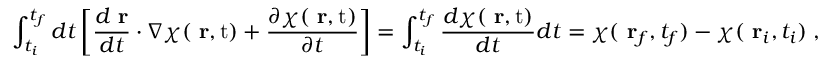
\int _ { t _ { i } } ^ { t _ { f } } d t \left[ \frac { d \mathrm { \bf ~ r } } { d t } \cdot \nabla \chi ( \mathrm { { \bf ~ r } , t } ) + \frac { \partial \chi ( \mathrm { { \bf ~ r } , t } ) } { \partial t } \right] = \int _ { t _ { i } } ^ { t _ { f } } \frac { d \chi ( \mathrm { { \bf ~ r } , t } ) } { d t } d t = \chi ( \mathrm { \bf ~ r } _ { f } , t _ { f } ) - \chi ( \mathrm { \bf ~ r } _ { i } , t _ { i } ) \; ,